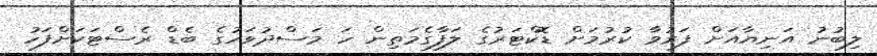
ލިބުނު އަނިޔާއަށް ފަރުވާ ކުރުމަށް ޑޮކްޓަރުގެ ލަފާގެމަތިން ހަ މަސްދުވަހުގެ ބެޑް ރެސްޓަކަށްފަހު